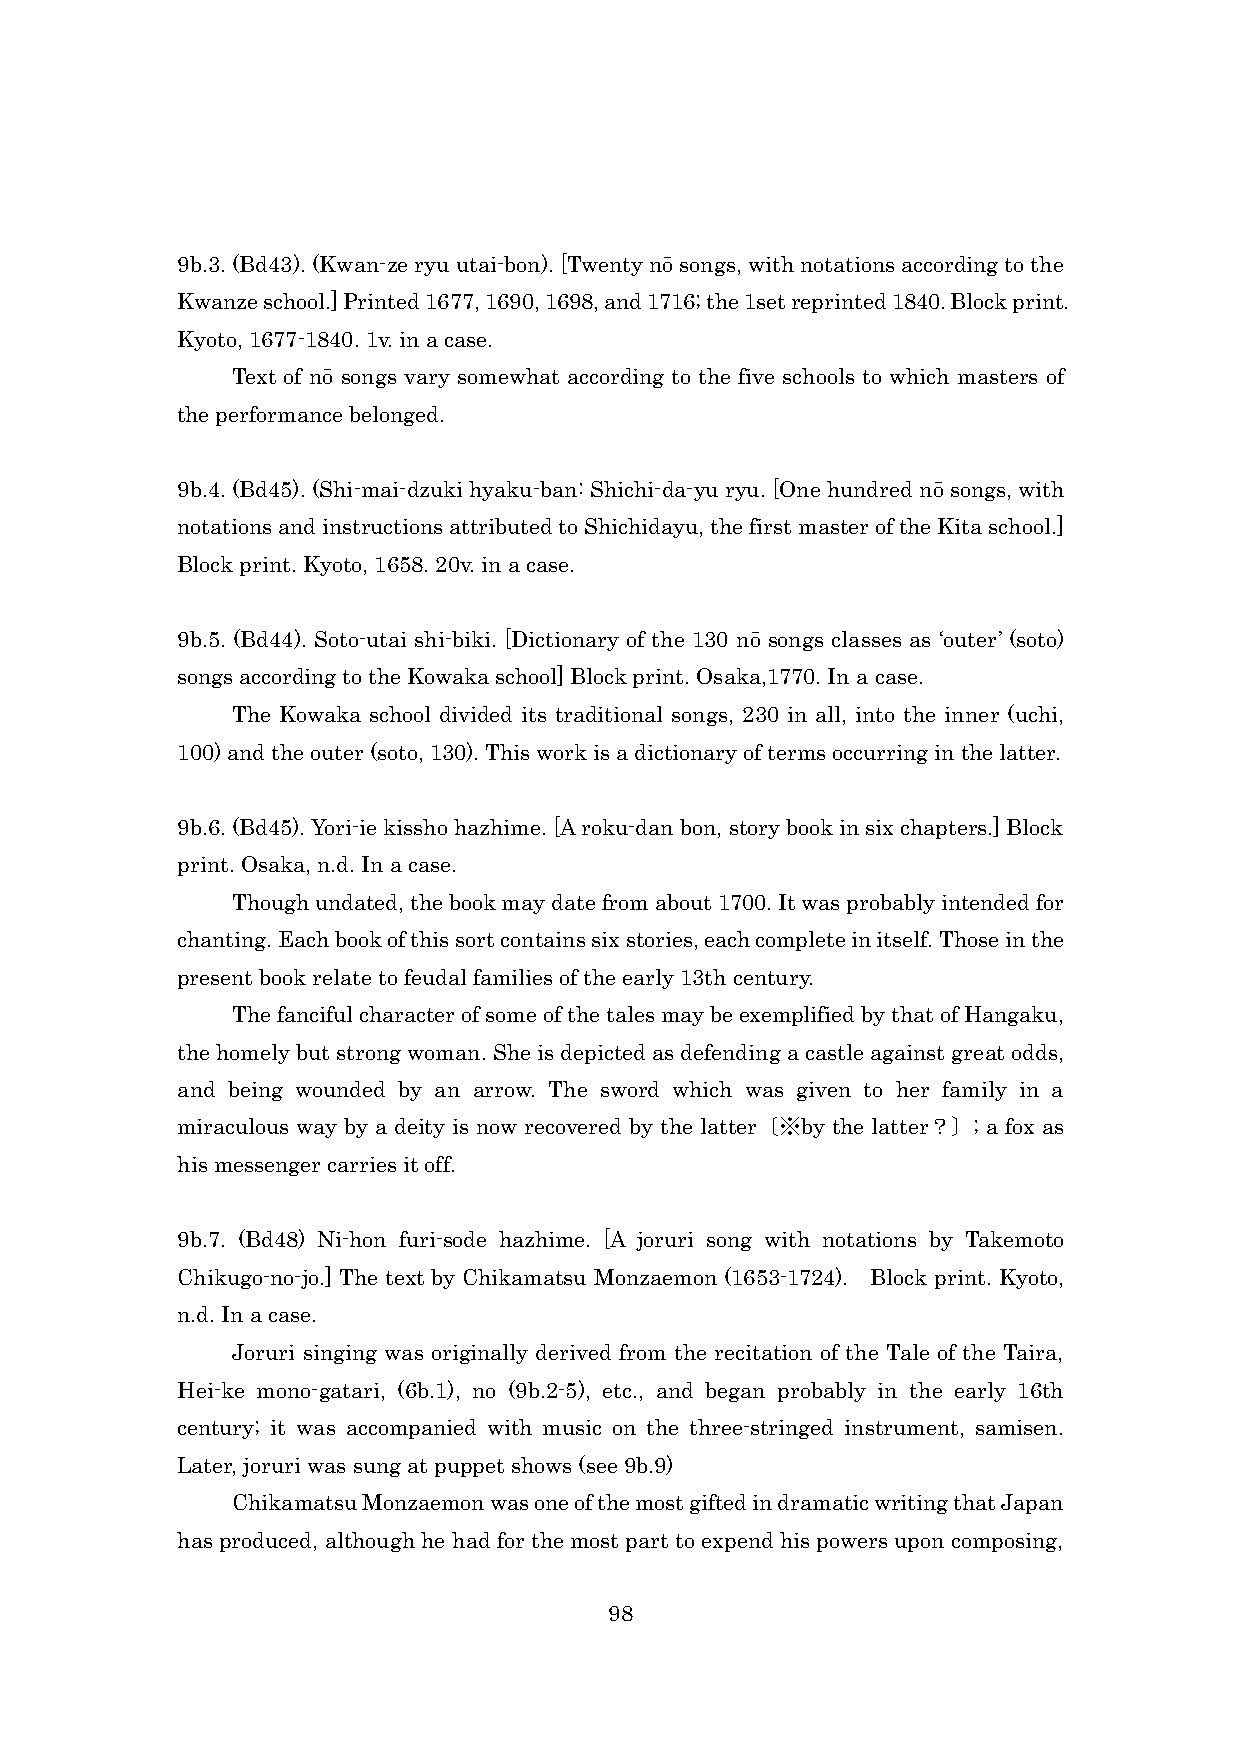
9b.3. (Bd43). (Kwan-ze ryu utai-bon). [Twenty nō songs, with notations according to the
 Kwanze school.] Printed 1677, 1690, 1698, and 1716; the 1set reprinted 1840. Block print.
 Kyoto, 1677-1840. 1v. in a case.
 Text of nō songs vary somewhat according to the five schools to which masters of
 the performance belonged.
 9b.4. (Bd45). (Shi-mai-dzuki hyaku-ban: Shichi-da-yu ryu. [One hundred nō songs, with
 notations and instructions attributed to Shichidayu, the first master of the Kita school.]
 Block print. Kyoto, 1658. 20v. in a case.
 9b.5. (Bd44). Soto-utai shi-biki. [Dictionary of the 130 nō songs classes as ‘outer’ (soto)
 songs according to the Kowaka school] Block print. Osaka,1770. In a case.
 The Kowaka school divided its traditional songs, 230 in all, into the inner (uchi,
 100) and the outer (soto, 130). This work is a dictionary of terms occurring in the latter.
 9b.6. (Bd45). Yori-ie kissho hazhime. [A roku-dan bon, story book in six chapters.] Block
 print. Osaka, n.d. In a case.
 Though undated, the book may date from about 1700. It was probably intended for
 chanting. Each book of this sort contains six stories, each complete in itself. Those in the
 present book relate to feudal families of the early 13th century.
 The fanciful character of some of the tales may be exemplified by that of Hangaku,
 the homely but strong woman. She is depicted as defending a castle against great odds,
 and being wounded by an arrow. The sword which was given to her family in a
 miraculous way by a deity is now recovered by the latter〔※by the latter？〕; a fox as
 his messenger carries it off.
 9b.7. (Bd48) Ni-hon furi-sode hazhime. [A joruri song with notations by Takemoto
 Chikugo-no-jo.] The text by Chikamatsu Monzaemon (1653-1724). Block print. Kyoto,
 n.d. In a case.
 Joruri singing was originally derived from the recitation of the Tale of the Taira,
 Hei-ke mono-gatari, (6b.1), no (9b.2-5), etc., and began probably in the early 16th
 century; it was accompanied with music on the three-stringed instrument, samisen.
 Later, joruri was sung at puppet shows (see 9b.9)
 Chikamatsu Monzaemon was one of the most gifted in dramatic writing that Japan
 has produced, although he had for the most part to expend his powers upon composing,
 98